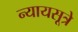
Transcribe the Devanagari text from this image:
न्यायसूत्रे